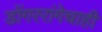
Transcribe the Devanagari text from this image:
डोंगररांगेचाही